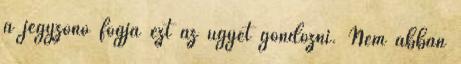
a jegyzőnő fogja ezt az ügyet gondozni. Nem abban